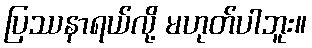
ပြဿနာရယ်လို့ မဟုတ်ပါဘူး။